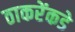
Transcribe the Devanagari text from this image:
ठाकरेंकडे